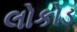
લોકોડ